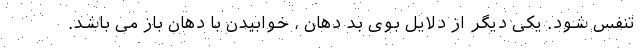
تنفس شود. یکی دیگر از دلایل بوی بد دهان ، خوابیدن با دهان باز می باشد.